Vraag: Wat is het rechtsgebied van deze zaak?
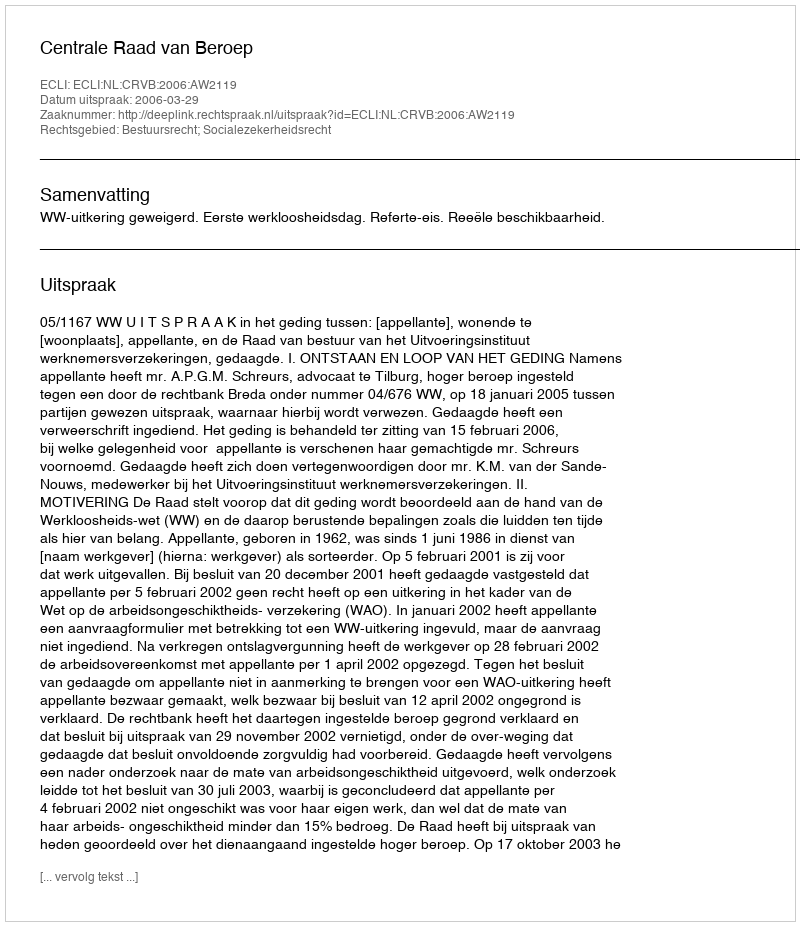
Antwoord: Bestuursrecht; Socialezekerheidsrecht